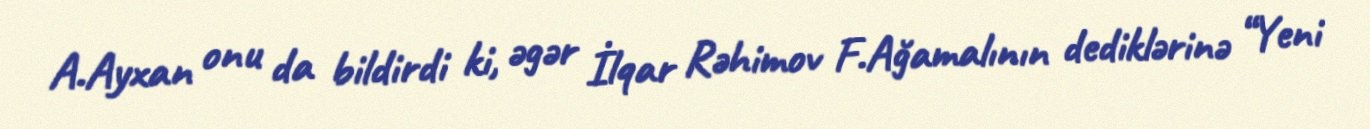
A.Ayxan onu da bildirdi ki, əgər İlqar Rəhimov F.Ağamalının dediklərinə “Yeni